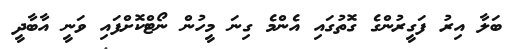
ބަލާ އިރު ފަގީރުންގެ ގޮތުގައި އެންމެ ގިނަ މީހުން ނޯޓްކޮށްފައި ވަނީ އާބާދީ